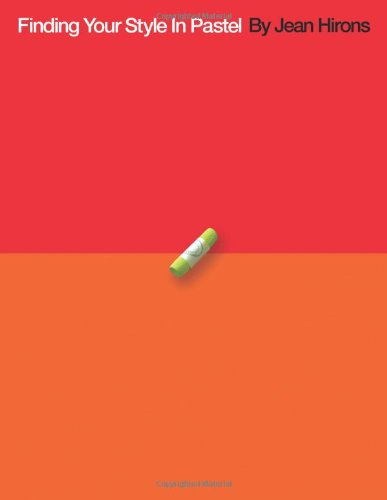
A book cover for Finding Your Style In Pastel; Jean Hirons; Arts & Photography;